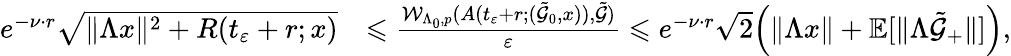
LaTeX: \begin{array}{rl}{e^{-\nu\cdot r}\sqrt{\| \Lambda x\| ^{2}+R(t_{\varepsilon}+r;x)}}&{\leqslant\frac{\mathcal{W}_{\Lambda_{0},p}(A(t_{\varepsilon}+r;(\tilde{\mathcal{G}}_{0},x)),\tilde{\mathcal{G}})}{\varepsilon}\leqslant e^{-\nu\cdot r}{\sqrt{2}}\Big(\| \Lambda x\| +\mathbb{E}[\| \Lambda\tilde{\mathcal{G}}_{+}\| ]\Big),}\end{array}